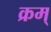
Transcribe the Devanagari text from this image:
क्रम्